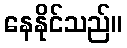
နေနိုင်သည်။